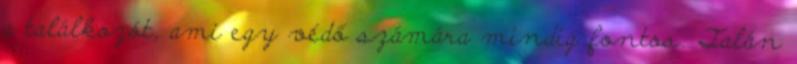
a találkozót, ami egy védő számára mindig fontos. Talán